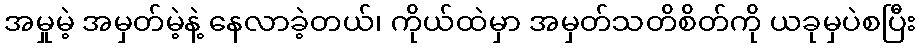
အမှုမဲ့ အမှတ်မဲ့နဲ့ နေလာခဲ့တယ်၊ ကိုယ်ထဲမှာ အမှတ်သတိစိတ်ကို ယခုမှပဲစပြီး